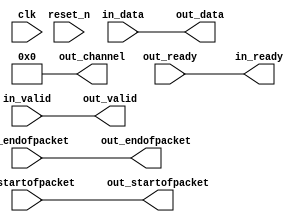
module soc_system_hps_only_master_p2b_adapter (
      input              clk,
      input              reset_n,
      output reg         in_ready,
      input              in_valid,
      input      [ 7: 0] in_data,
      input              in_startofpacket,
      input              in_endofpacket,
      input              out_ready,
      output reg         out_valid,
      output reg [ 7: 0] out_data,
      output reg         out_startofpacket,
      output reg         out_endofpacket,
      output reg [ 7: 0] out_channel
);
   reg          in_channel = 0;
   always @* begin
      in_ready = out_ready;
      out_valid = in_valid;
      out_data = in_data;
      out_startofpacket = in_startofpacket;
      out_endofpacket = in_endofpacket;
      out_channel = 0;
      out_channel        = in_channel;
   end
endmodule